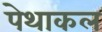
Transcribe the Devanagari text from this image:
पेथाकल